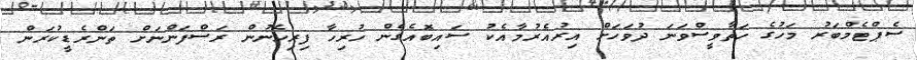
ސެޕްޓެމްބަރު މަހުގެ ހަތާވީސްވަނަ ދުވަހަށް އިރުއެރުމާއެކު ސައިބޮއެގެން ހުރިހާ ފިރިހެނުން ރަސްފަންނަށް ތަންރެޑީކުރަން